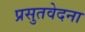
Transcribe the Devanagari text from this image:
प्रसुतवेदना